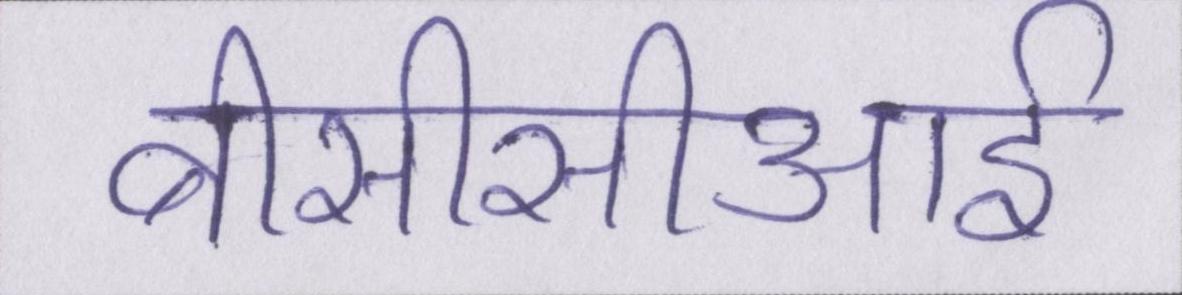
बीसीसीआई